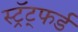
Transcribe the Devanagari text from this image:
स्ट्रॅट्फर्ड